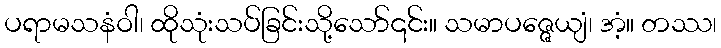
ပရာမသနံဝါ၊ ထိုသုံးသပ်ခြင်းသို့သော်၎င်း။ သမာပဇ္ဇေယျံ၊ အံ့။ တဿ၊